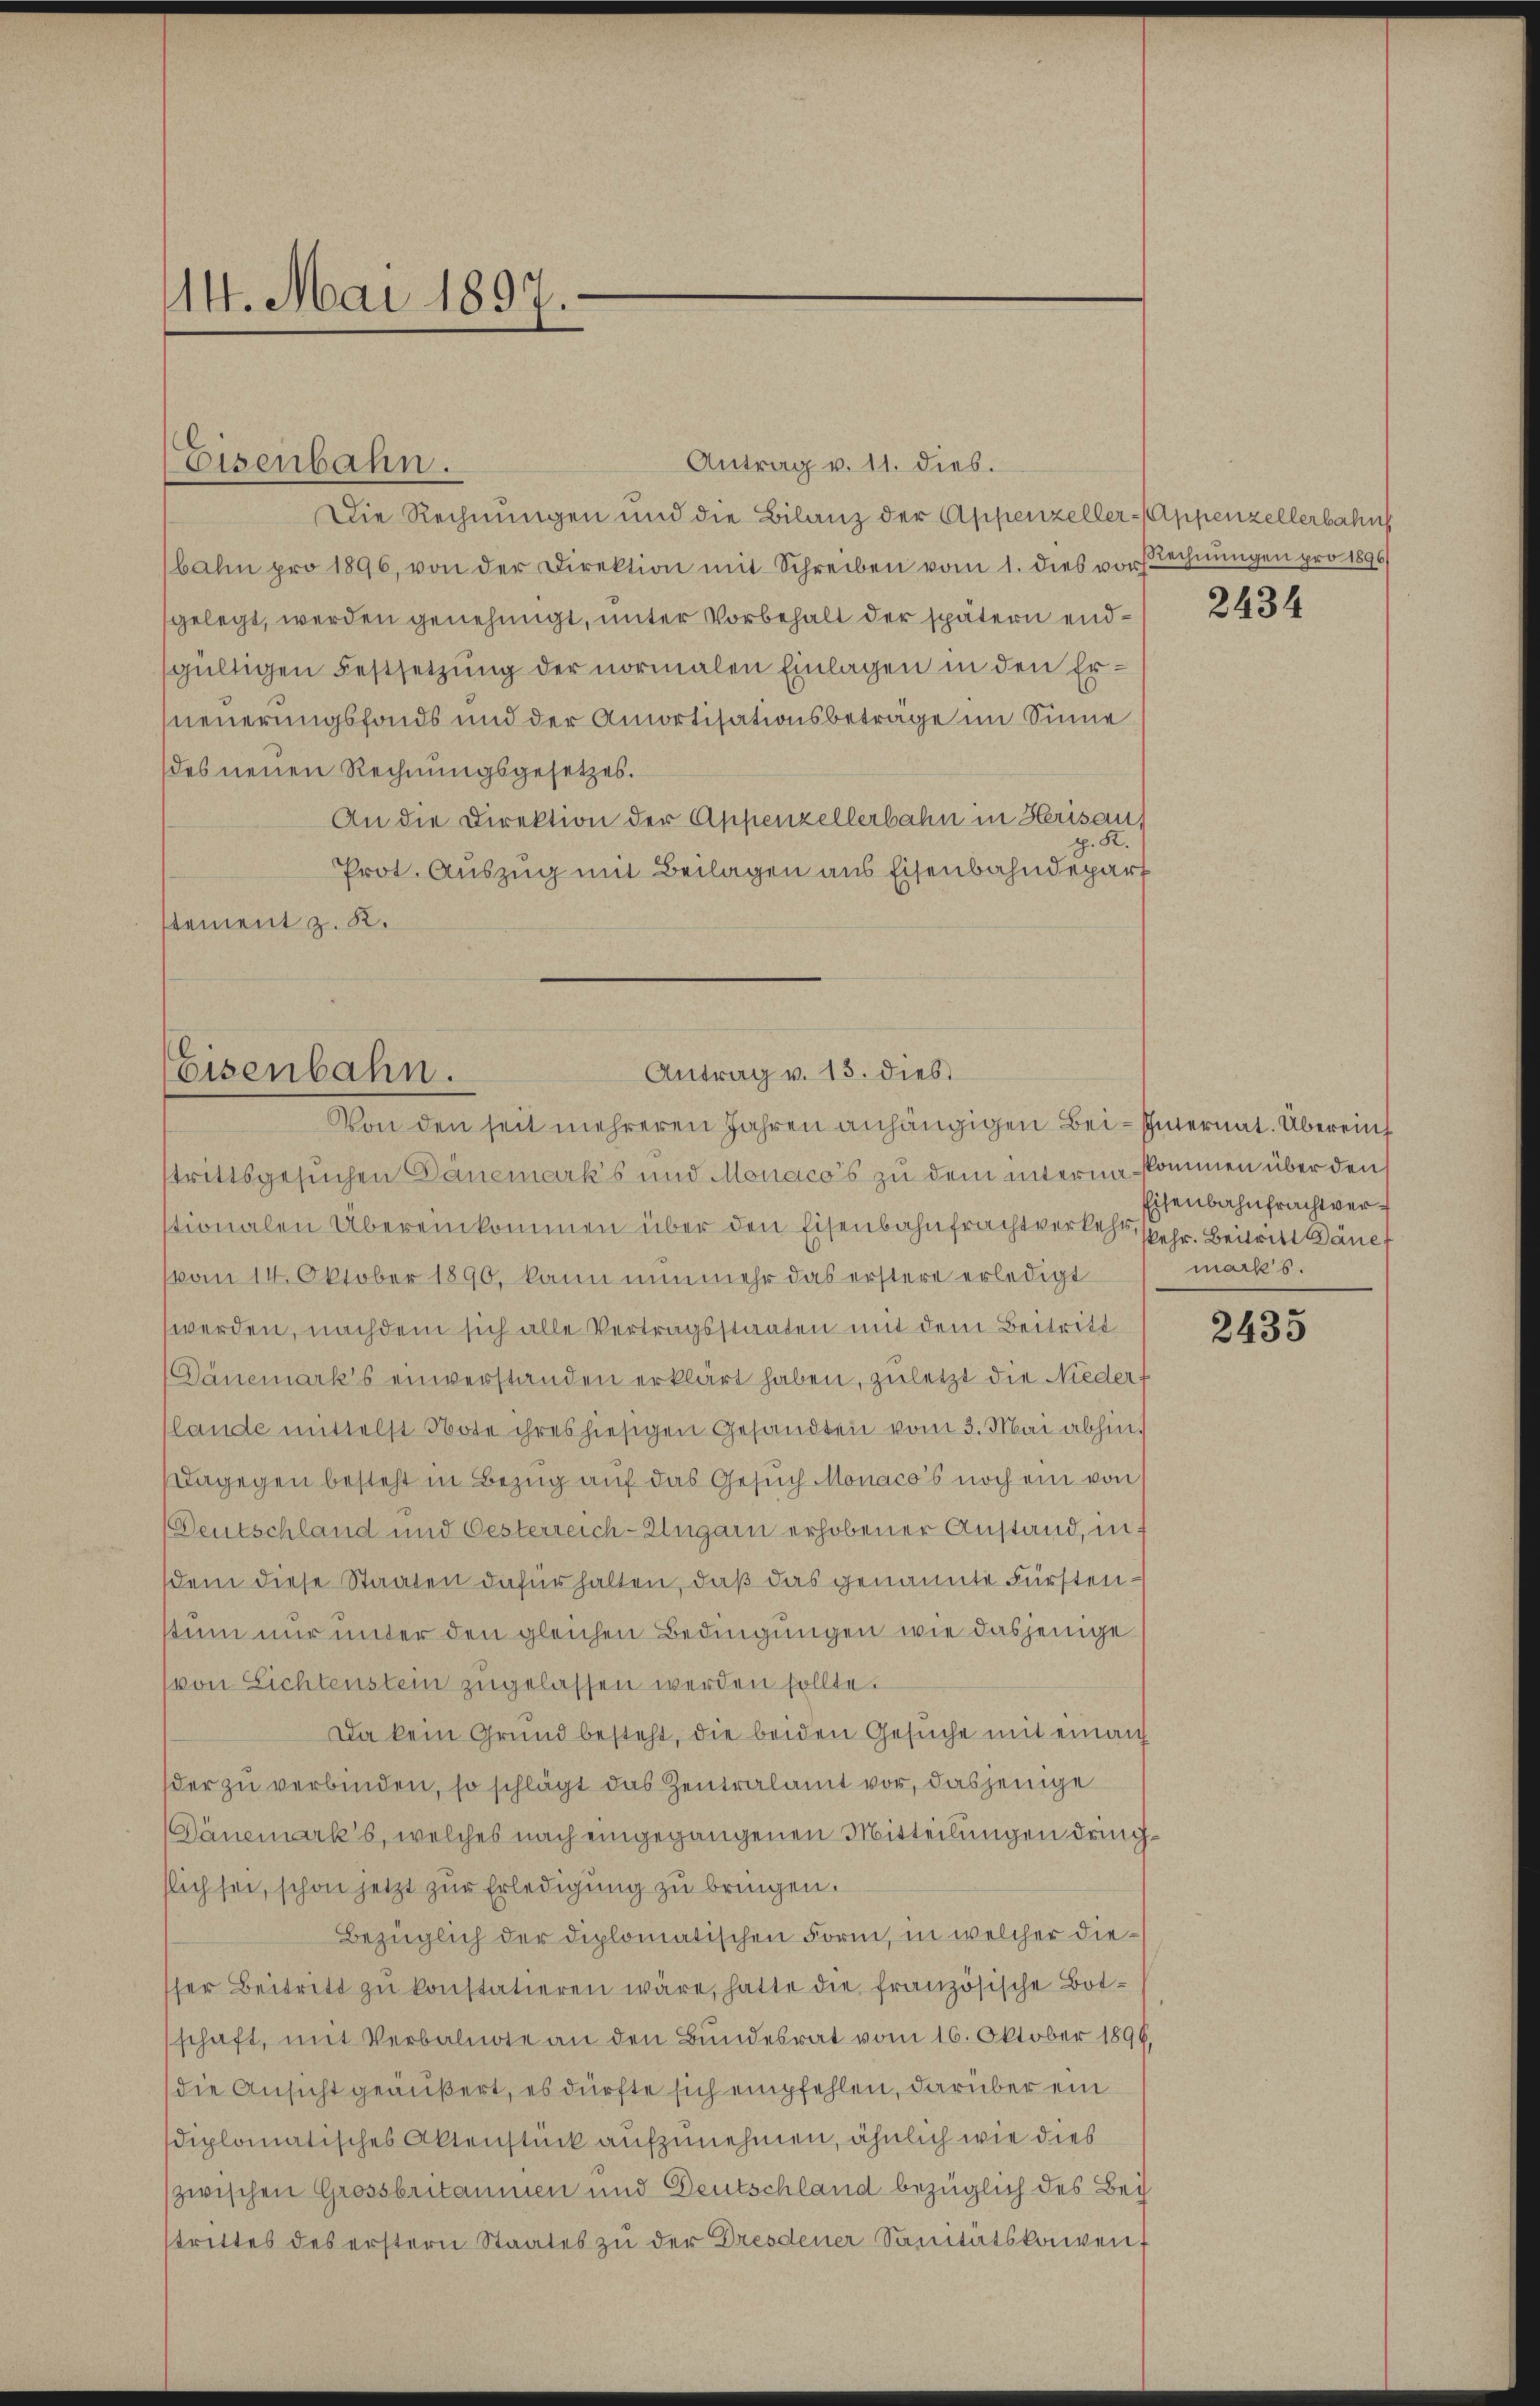
14. Mai 1897.

Antrag v. 11. dies.
Die Rechnungen und die Bilanz der Appenzeller-Appenzellerbahn
bahn pro 1896, von der Direktion mit Schreiben vom 1. dies vorstechnungen pro 1896
gelegt, werden genehmigt, unter Vorbehalt der spätern endsgültigen Festsetzung der normalen Einlagen in den Erneuerungsfonds und der Amortisationsbetrage im Sinne
des neuen Rechnungsgesetzes.
An die Direktion der Appenzellerbahn in Herisau
K.
Prot. Auszug mit Beilagen aus Eisenbahndepart
stement z. B.

Eisenbahn.

trittsgesuchen Dänemark’s und Monaco’s zu dem interna kommen über den
stionalen Übereinkommen über den Eisenbahnfrachtverkehr sehr. Beitritt ane
vom 14. Oktober 1890, kann nunmehr das erstere erledigt
werden, nachdem sich alle Vertragsstaaten mit dem Beitritt
Dänemark’s einverstanden erklärt haben, zuletzt die Niederf
lande mittelst Note ihres hiesigen Gesandten vom 3. Mai abhin,
Dagegen besteht in Bezug auf das Gesuch Monaco’s noch ein von
Deutschland und Oesterreich-Ungarn erhobener Anstand, inf
sdem diese Staaten dafür halten, daß das genannte Fürstenstum nur unter den gleichen Bedingungen wie dasjenige
(von Lichtenstein zugelassen werden sollte.
Da kein Grund besteht, die beiden Gesuche mit einauf
der zu verbinden, so schlägt das Zentralamt vor, dasjenige
Dänemarks, welches nach eingegangenen Mitteilungen drichslich sei, schon jetzt zur Erledigung zu bringen.
Bezüglich der diplomatischen Form, in welcher diesser Beitritt zŭ konstatieren wäre, hatte die französische Botschaft, mit Verbalnote an den Bundesrat vom 16. Oktober 1896,
die Ansicht geäußert, es dürfte sich empfehlen, darüber ein
diplomatisches Aktenstück aufzunehmen, ähnlich wie dies
zwischen Grossbritanien und Deutschland bezüglich des Bei
strittes des erstern Staates zu der Dresdener Sanitätskomenf

Antrag v. 13. dies
Eisenbahn.
Von den seit mehreren Jahren anhängigen Bei-Internat. Überein

2434

Eisenbahnfrachtvermacks.

2435